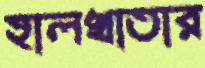
হালখাতার